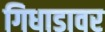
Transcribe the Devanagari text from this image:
गिधाडावर